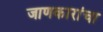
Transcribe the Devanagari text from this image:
जाणकारांचा